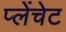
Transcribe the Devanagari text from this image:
प्लेंचेट